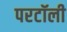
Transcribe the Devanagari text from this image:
परटॉली